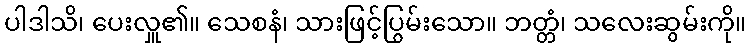
ပါဒါသိ၊ ပေးလှူ၏။ သေစနံ၊ သားဖြင့်ပြွမ်းသော။ ဘတ္တံ၊ သလေးဆွမ်းကို။